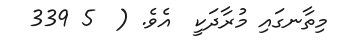
މިތާނގައި މުރާދަކީ  އެވެ. (  5 339